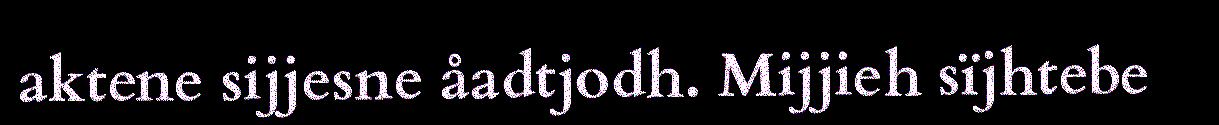
aktene sijjesne åadtjodh. Mijjieh sïjhtebe